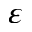
\varepsilon